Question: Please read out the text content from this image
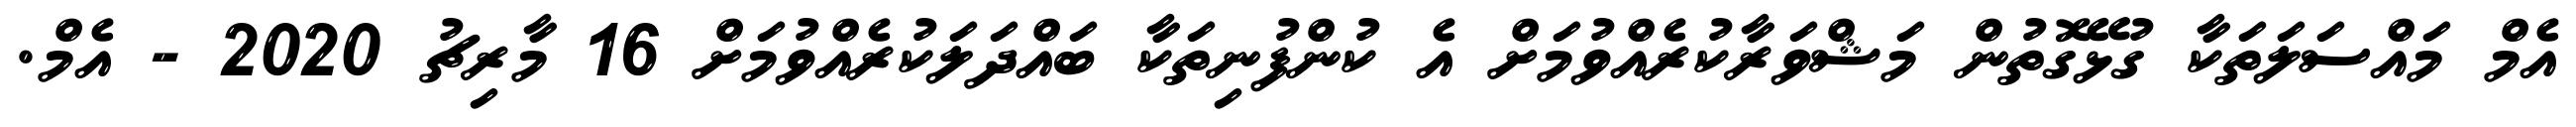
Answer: އެމް މައްސަލަތަކާ ގުޅޭގޮތުން މަޝްވަރާކުރެއްވުމަށް އެ ކުންފުނިތަކާ ބައްދަލަކުރެއްވުމަށް 16 މާރިޗު 2020 - އެމް.